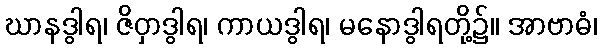
ဃာနဒွါရ၊ ဇိဝှာဒွါရ၊ ကာယဒွါရ၊ မနောဒွါရတို့၌။ အာဗာဓံ၊